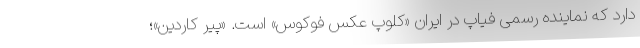
دارد که نماینده رسمی فیاپ در ایران «کلوپ عکس فوکوس» است. «پیر کاردین»؛